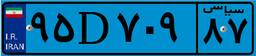
۹۵D۷۰۹۸۷